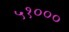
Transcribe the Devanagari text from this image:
५१०००